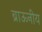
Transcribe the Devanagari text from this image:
ब्राऊनीय